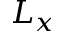
L _ { x }